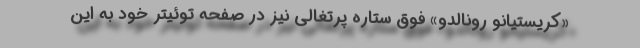
«کریستیانو رونالدو» فوق ستاره پرتغالی نیز در صفحه توئیتر خود به این